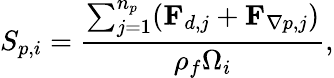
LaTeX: S_{p,i}=\frac{\sum_{j=1}^{n_{p}}(\mathbf{F}_{d,j}+\mathbf{F}_{\nabla p,j})}{\rho_{f}{\Omega}_{i}},